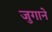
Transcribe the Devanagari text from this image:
जुगाने